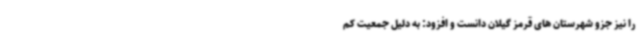
را نیز جزو شهرستان های قرمز گیلان دانست و افزود: به دلیل جمعیت کم